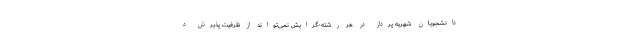
دانشجویان شهریه پرداز در هر رشته-گرایش نمی‌تواند از ظرفیت پذیرش د